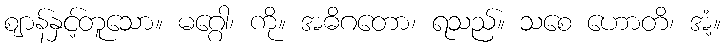
ဈာန်နှင့်တူသော။ မဂ္ဂေါ၊ ကို။ အဓိဂတော၊ ရသည်။ သစေ ဟောတိ၊ အံ့။